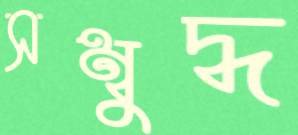
সম্বুদ্ধ